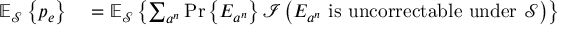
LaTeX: \begin{array} { r l } { \mathbb { E } _ { \mathcal { S } } \left\{ p _ { e } \right\} } & { { } = \mathbb { E } _ { \mathcal { S } } \left\{ \sum _ { a ^ { n } } \operatorname* { P r } \left\{ E _ { a ^ { n } } \right\} { \mathcal { I } } \left( E _ { a ^ { n } } { \mathrm { ~ i s ~ u n c o r r e c t a b l e ~ u n d e r ~ } } { \mathcal { S } } \right) \right\} } \end{array}